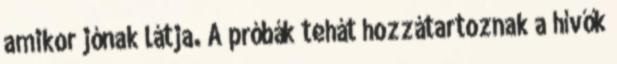
amikor jónak látja. A próbák tehát hozzátartoznak a hívők